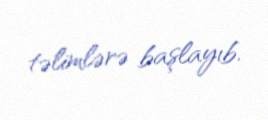
təlimlərə başlayıb.